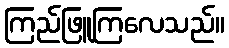
ကြည်ဖြူကြလေသည်။